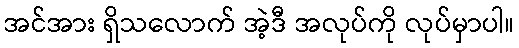
အင်အား ရှိသလောက် အဲ့ဒီ အလုပ်ကို လုပ်မှာပါ။